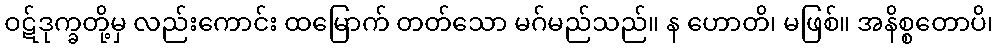
ဝဋ်ဒုက္ခတို့မှ လည်းကောင်း ထမြောက် တတ်သော မဂ်မည်သည်။ န ဟောတိ၊ မဖြစ်။ အနိစ္စတောပိ၊